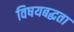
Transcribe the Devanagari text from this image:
विषयबद्धता